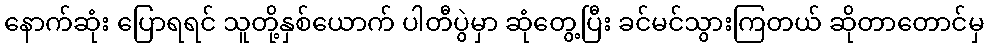
နောက်ဆုံး ပြောရရင် သူတို့နှစ်ယောက် ပါတီပွဲမှာ ဆုံတွေ့ပြီး ခင်မင်သွားကြတယ် ဆိုတာတောင်မှ